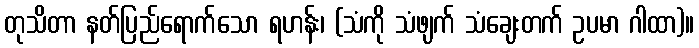
တုသိတာ နတ်ပြည်ရောက်သော ရဟန်း၊ (သံကို သံဖျက် သံချေးတက် ဥပမာ ဂါထာ)။